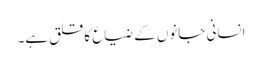
انسانی جانوں کے ضیاع کا قلق ہے۔